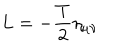
LaTeX: L = - \frac T 2 \eta _ { \mu \nu }